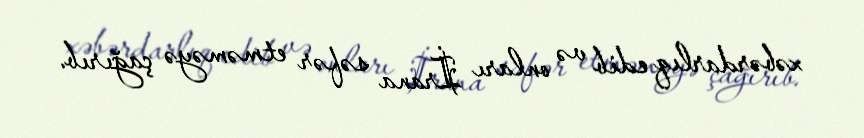
xəbərdarlıq edib və onları İrana səfər etməməyə çağırıb.